Senior Leaving Certificate Examination (including Day School Certificate (Higher) General paper), 1949
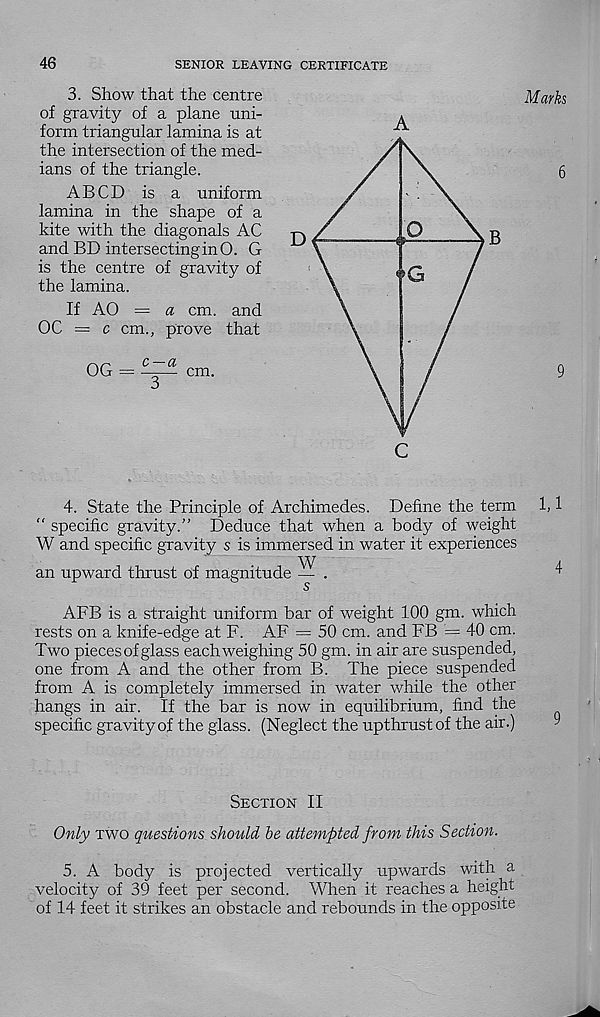
46
SENIOR LEAVING CERTIFICATE
3. Show that the centre
of gravity of a plane uni-
form triangular lamina is at
the intersection of the med-
ians of the triangle.
A BCD is a uniform
lamina in the shape of a
kite with the diagonals AC
and BD intersectinginO. G
is the centre of gravity of
the lamina.
If AO = a cm. and
OC = c cm., prove that
OG = —— cm.
c
4. State the Principle of Archimedes. Define the term
" specific gravity.” Deduce that when a body of weight
W and specific gravity s is immersed in water it experiences
an upward thrust of magnitude — .
s
AFB is a straight uniform bar of weight 100 gm. which
rests on a knife-edge at F. AF = 50 cm. and FB = 40 cm.
Two pieces of glass each weighing 50 gm. in air are suspended,
one from A and the other from B. The piece suspended
from A is completely immersed in water while the other
hangs in air. If the bar is now in equilibrium, find the
specific gravity of the glass. (Neglect the upthrust of the air.)
Section II
Only two questions should he attempted from this Section.
5. A body is projected vertically upwards with a
velocity of 39 feet per second. When it reaches a height
of 14 feet it strikes an obstacle and rebounds in the opposite